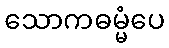
သောကဓမ္မံပေ